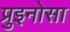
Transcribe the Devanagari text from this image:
प्रुइनोसा